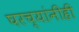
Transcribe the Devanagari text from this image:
घरच्यांनीही